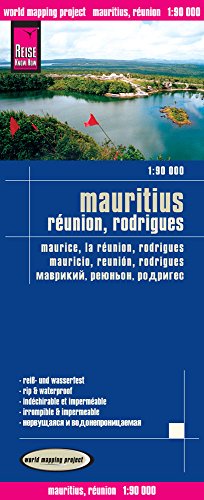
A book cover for Mauritius, Reunion, Rodrigues = Maurice, la Reunion, Rodrigues = Mauricio, Reunion, Rodrigues; Reise Know-How Verlag; Travel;